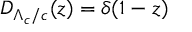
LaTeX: D _ { \Lambda _ { c } / c } ( z ) = \delta ( 1 - z )